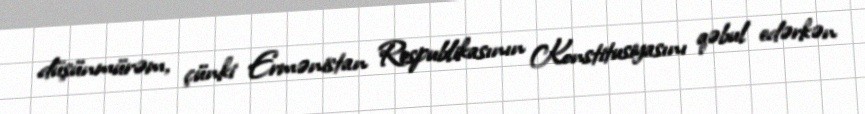
düşünmürəm, çünki Ermənistan Respublikasının Konstitusiyasını qəbul edərkən